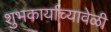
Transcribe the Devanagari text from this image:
शुभकार्याच्यावेळी